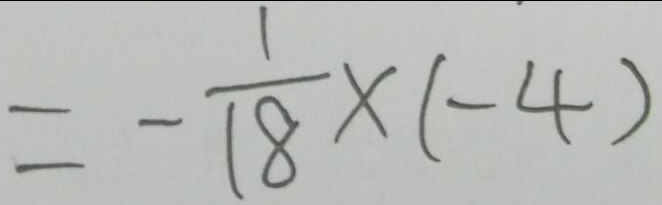
= - \frac { 1 } { 1 8 } \times ( - 4 )